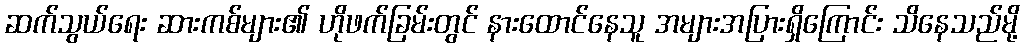
ဆက်သွယ်ရေး ဆားကစ်များ၏ ဟိုဖက်ခြမ်းတွင် နားထောင်နေသူ အများအပြားရှိကြောင်း သိနေသည်မို့